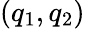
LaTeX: (q_{1},q_{2})